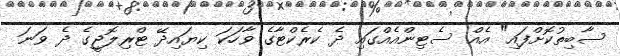
ސާބިތުކޮށްފައި" އެއް ސެޓިންއެއްގައި ދެ ކެރެކްޓާގެ ވާހަކަ ކިޔައިދޭ ޓްރިލޮޖީގެ ދެ ވަނަ